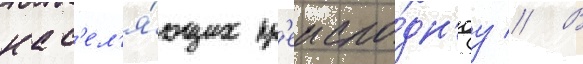
нас'ел'я́ющих пр'еиспо́дн'юу // В